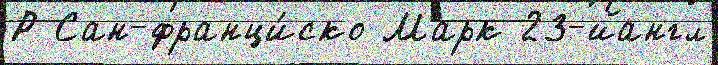
Р Сан-франци́ско Марк 23-йангл